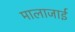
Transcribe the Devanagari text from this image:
मालाजाई